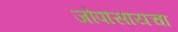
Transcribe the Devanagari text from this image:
जोपासायचा